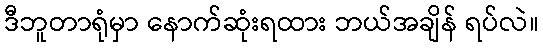
ဒီဘူတာရုံမှာ နောက်ဆုံးရထား ဘယ်အချိန် ရပ်လဲ။